Supplement to the account of plague administration in the Bombay Presidency from September 1896 till May 1897
Year: 1896
Disease focus: Plague
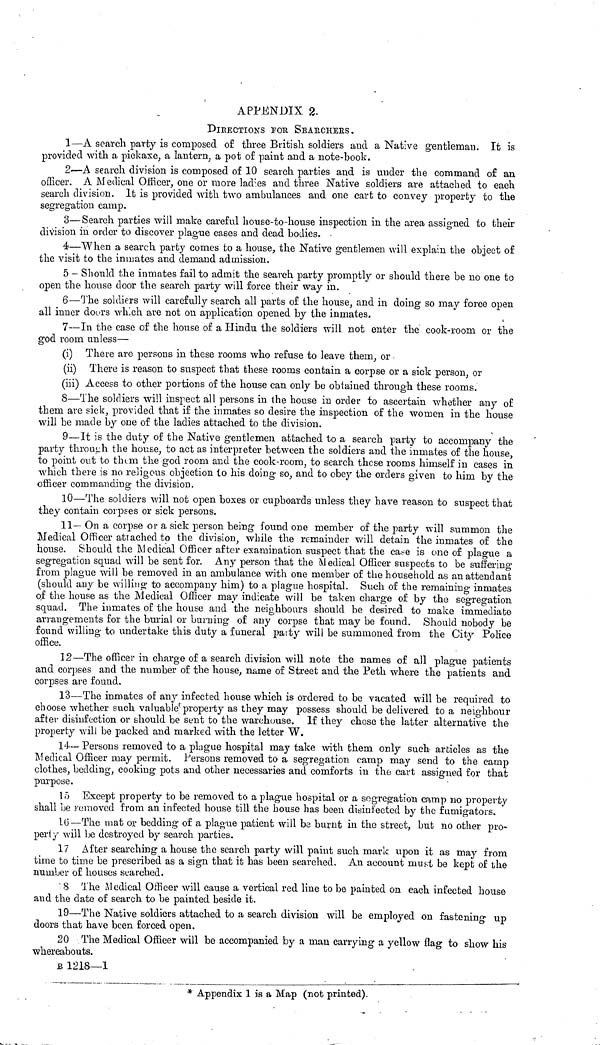
APPENDIX 2.
DIRECTIONS POR SEAECHEES.
1—A search party is composed of three British soldiers and a Native gentleman. It is
provided with a pickaxe, a lantern, a pot of paint and a note-book.
2—A search division is composed of 10 search parties and is under the command of an
officer. A Medical Officer, one or more ladies and three Native soldiers are attached to each
search division. It is provided with two ambulances and one cart to convey property to the
segregation camp.
3—Search parties will make careful house-to-house inspection in the area assigned to their
division in order to discover plague cases and dead bodies.
4—When a search party comes to a house, the Native gentlemen will explain the object of
the visit to the inmates and demand admission.
5— Should the inmates fail to admit the search party promptly or should there be no one to
open the house door the search party will force their way in.
6—The soldiers will carefully search all parts of the house, and in doing so may force open
all inner doors which are not on application opened by the inmates.
7—In the case of the house of a Hindu the soldiers will not enter the cook-room or the
god room unless—
(i) There are persons in these rooms who refuse to leave them, or
(ii) There is reason to suspect that these rooms contain a corpse or a sick person, or
(iii) Access to other portions of the house can only be obtained through these rooms.
8—The soldiers will inspect all persons in the house in order to ascertain whether any of
them are sick, provided that if the inmates so desire the inspection of the women in the house
will be made by one of the ladies attached to the division.
9—It is the duty of the Native gentlemen attached to a search party to accompany the
party through the house, to act as interpreter between the soldiers and the inmates of the house,
to point out to them the god room and the cook-room, to search these rooms himself in cases in
which there is no religous objection to his doing so, and to obey the orders given to him by the
officer commanding the division.
10—The soldiers will not open boxes or cupboards unless they have reason to suspect that
they contain corpses or sick persons.
11— On a corpse or a sick person being found one member of the party will summon the
Medical Officer attached to the division, while the remainder will detain the inmates of the
house. Should the Medical Officer after examination suspect that the case is one of plague a
segregation squad will be sent for. Any person that the Medical Officer suspects to be suffering
from plague will be removed in an ambulance with one member of the household as an attendant
(should any be willing to accompany him) to a plague hospital. Such of the remaining inmates
of the house as the Medical Officer may indicate will be taken charge of by the segregation
squad. The inmates of the house and the neighbours should be desired to make immediate
arrangements for the burial or burning of any corpse that may be found. Should nobody be
found willing to undertake this duty a funeral party will be summoned from the City Police
office.
12—The officer in charge of a search division will note the names of all plague patients
and corpses and the number of the house, name of Street and the Peth where the patients and
corpses are found.
13—The inmates of any infected house which is ordered to be vacated will be required to
choose whether such valuable property as they may possess should be delivered to a neighbour
after disinfection or should be sent to the warehouse. If they chose the latter alternative the
property will be packed and marked with the letter W.
14— Persons removed to a plague hospital may take with them only such articles as the
Medical Officer may permit. Persons removed to a segregation camp may send to the camp
clothes, bedding, cooking pots and other necessaries and comforts in the cart assigned for that
purpose.
15 Except property to be removed to a plague hospital or a segregation camp no property
shall be removed from an infected house till the house has been disinfected by the fumigators.
16—The mat or bedding of a plague patient will be burnt in the street, but no other pro-
peri y will be destroyed by search parties.
17 After searching a house the search party will paint such mark upon it as may from
time to time be prescribed as a sign that it has been searched. An account must be kept of the
number of houses searched.
8
The Medical Officer will cause a vertical red line to be painted on each infected house
and the date of search to be painted beside it.
19—The Native soldiers attached to a search division will be employed on fastening up
doors that have been forced open.
20 The Medical Officer will be accompanied by a man carrying a yellow flag to show his
whereabouts.
B 1218—1
* Appendix 1 is a Map (not printed).